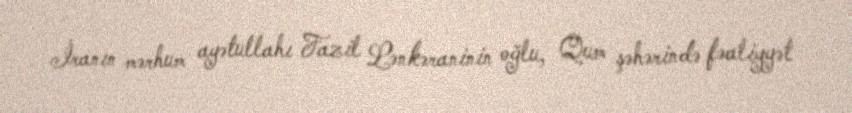
İranın mərhum ayətullahı Fazil Lənkəraninin oğlu, Qum şəhərində fəaliyyət